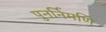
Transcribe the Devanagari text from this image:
पुनर्निमणि